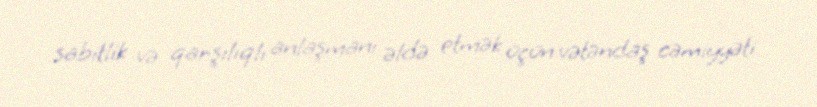
sabitlik və qarşılıqlı anlaşmanı əldə etmək üçün vətəndaş cəmiyyəti